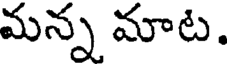
మన్న మాట.